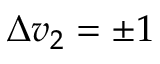
\Delta v _ { 2 } = \pm 1